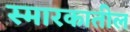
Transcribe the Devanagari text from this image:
स्मारकातील